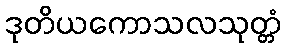
ဒုတိယကောသလသုတ္တံ